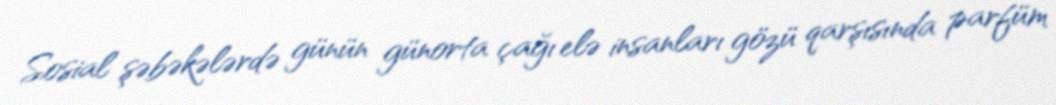
Sosial şəbəkələrdə günün günorta çağı elə insanları gözü qarşısında parfüm